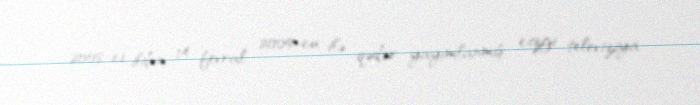
2008-ci ildən 14 fevral 2009-cu ilə qədər yayımlanmış cizgi televiziya